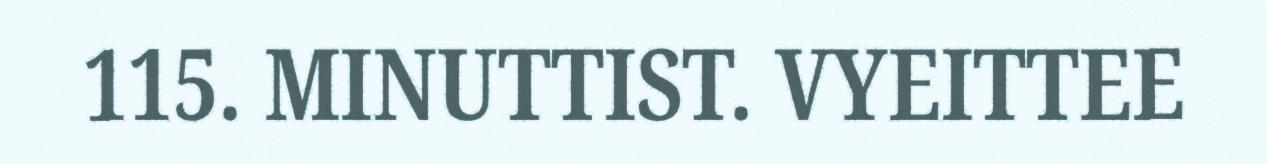
115. MINUTTIST. VYEITTEE